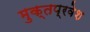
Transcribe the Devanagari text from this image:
मुक्तप्रवेश